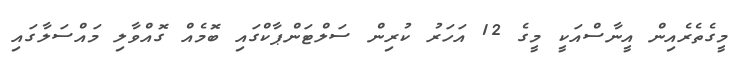
މީގެތެރެއިން އީނާސްއަކީ މީގެ 12 އަހަރު ކުރިން ސަލްޓަންޕާކްގައި ބޮމެއް ގޮއްވާލި މައްސަލާގައި